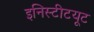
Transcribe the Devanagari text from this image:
इनिस्टीटयूट